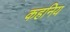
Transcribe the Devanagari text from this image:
कहनिय